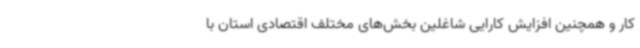
کار و همچنین افزایش کارایی شاغلین بخش‌های مختلف اقتصادی استان با